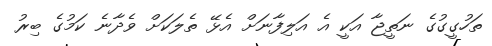
ތަހުގީގުގެ ނަތީޖާ އަކީ އެ އަލިފާނަށް އެޅޭ ތެލަކަށް ވެދާނެ ކަމުގެ ބިރު